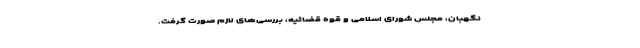
نگهبان، مجلس شورای اسلامی و قوه قضائیه، بررسی‌های لازم صورت گرفت.